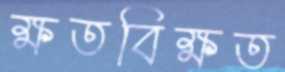
ক্ষতবিক্ষত